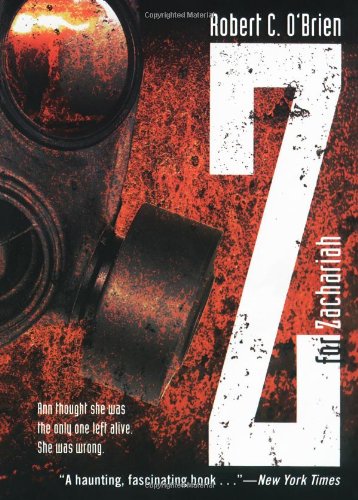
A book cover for Z for Zachariah; Robert C. O'Brien; Teen & Young Adult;